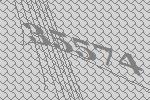
35574